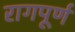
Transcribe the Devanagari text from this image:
रागपूर्ण